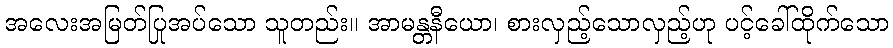
အလေးအမြတ်ပြုအပ်သော သူတည်း။ အာမန္တနီယော၊ စားလှည့်သောလှည့်ဟု ပင့်ခေါ်ထိုက်သော